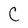
Character: C